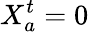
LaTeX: X_{a}^{t}=0